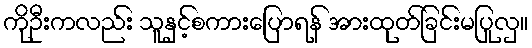
ကိုဦးကလည်း သူနှင့်စကားပြောရန် အားထုတ်ခြင်းမပြုလှ။